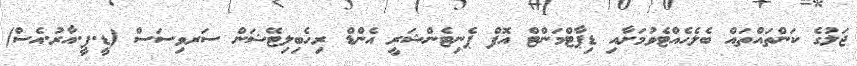
ޖަލުގެ ކަންތައްތައް ބެލެހެއްޓެވުމަށާއި ޑިޕާޓްމަންޓް އޮފް ޕެނިޓެންޝަރީ އެންޑް ރިހެބިލިޓޭޝަން ސަރވިސަސް (ޑީ.ޕީ.އާރު.އެސް)